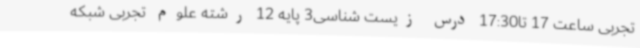
تجربی ساعت 17 تا17:30 درس زیست شناسی3 پایه 12 رشته علوم تجربی شبکه